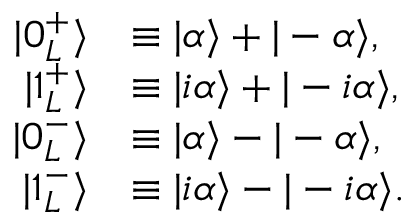
{ \begin{array} { r l } { | 0 _ { L } ^ { + } \rangle } & { \equiv | \alpha \rangle + | - \alpha \rangle , } \\ { | 1 _ { L } ^ { + } \rangle } & { \equiv | i \alpha \rangle + | - i \alpha \rangle , } \\ { | 0 _ { L } ^ { - } \rangle } & { \equiv | \alpha \rangle - | - \alpha \rangle , } \\ { | 1 _ { L } ^ { - } \rangle } & { \equiv | i \alpha \rangle - | - i \alpha \rangle . } \end{array} }